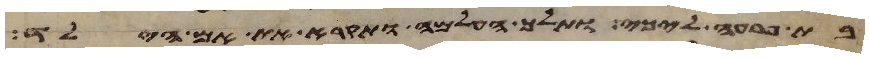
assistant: בת פרעה לכי ותלך העלמה ותקרא את אם הילד